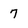
Character: 7